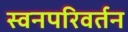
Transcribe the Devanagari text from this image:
स्वनपरिवर्तन